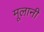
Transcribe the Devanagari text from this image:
मूलानी